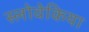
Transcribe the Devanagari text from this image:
स्लोवेकिया